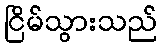
ငြိမ်သွားသည်